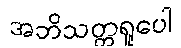
အဘိသတ္တရူပေါ